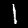
Label: 1